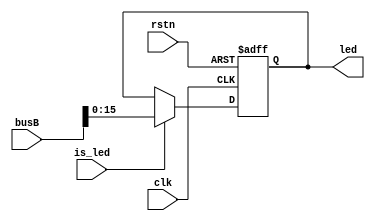
`timescale 1ns / 1ps
//////////////////////////////////////////////////////////////////////////////////
// Company: 
// Engineer: 
// 
// Design Name: 
// Module Name: Led
// Project Name: 
// Target Devices: 
// Tool Versions: 
// Description: 
// 
// Dependencies: 
// 
// Revision:
// Revision 0.01 - File Created
// Additional Comments:
// 
//////////////////////////////////////////////////////////////////////////////////


module Led(
    input clk,
    input rstn,
    input is_led,
    input [31: 0]busB,
    /*
    input [31: 0]count_to_led_begin,
    input [31: 0]count_to_led_end,
    */
    output reg [15: 0] led
    );
    /*
    reg flag;
    always @(posedge clk,negedge rstn) begin
        if(!rstn) begin
            flag <= 0;
        end
        else if(is_led) begin
            flag <= 1;
        end
    end
    wire [31: 0] temp = count_to_led_end - count_to_led_begin;
    assign led = flag ? temp[15: 0] : 16'h0;
    */
    always @(posedge clk, negedge rstn) begin
        if(!rstn) begin
            led <= 16'h0;
        end
        else if(is_led) begin
            led <= busB[15: 0];
        end
    end
endmodule